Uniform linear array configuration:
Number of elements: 8
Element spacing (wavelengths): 0.75
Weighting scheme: cosine
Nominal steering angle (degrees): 45
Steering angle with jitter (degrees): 44.86
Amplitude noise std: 0.05
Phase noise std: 0.05

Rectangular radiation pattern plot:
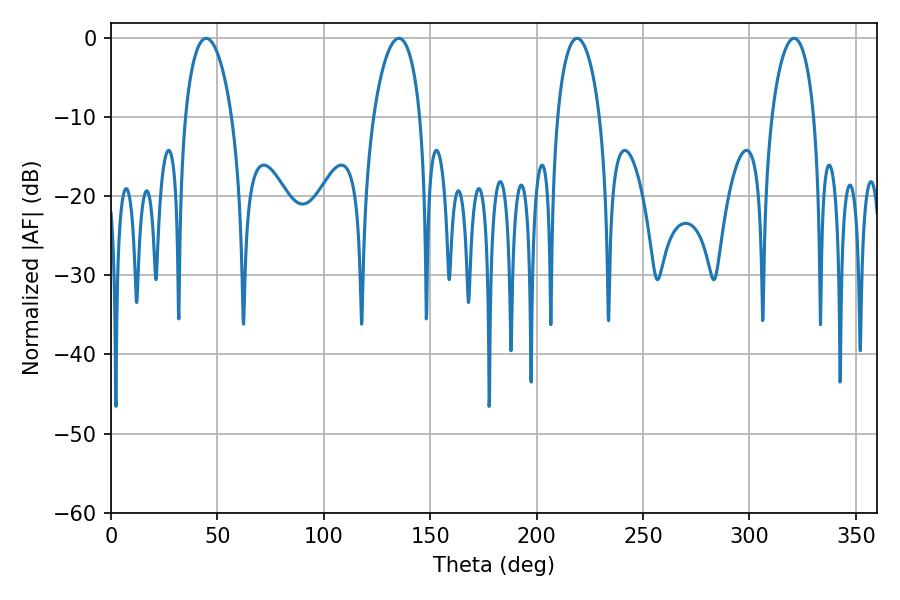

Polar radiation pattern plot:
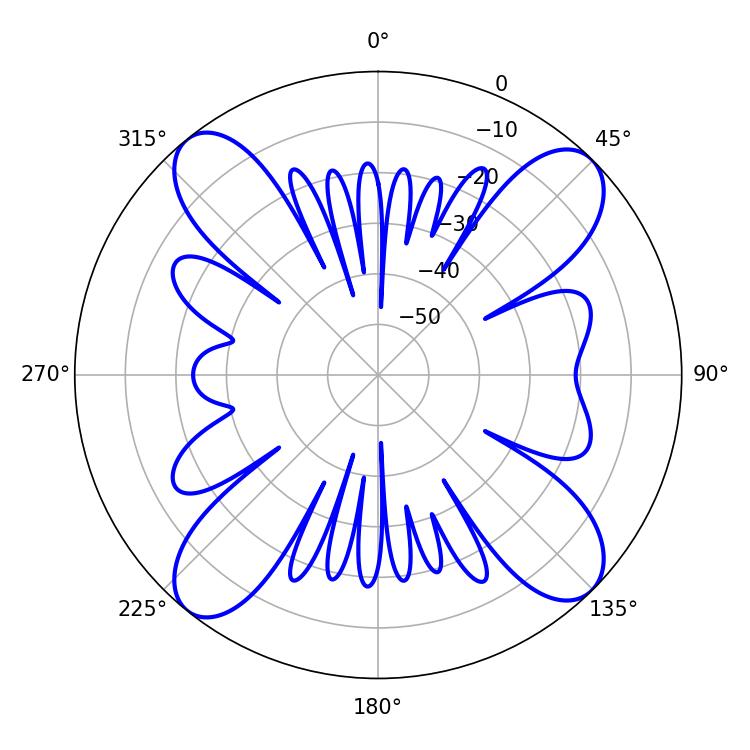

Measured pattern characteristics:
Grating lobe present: TRUE
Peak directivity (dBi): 15.031
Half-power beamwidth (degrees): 11.52
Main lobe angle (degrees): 320.94